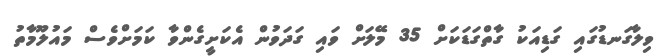
ވިލާގަނޑުގައި ގަޑިއަކު ގާތްގަޑަކަށް 35 މޭލަށް ވައި ގަދަވުން އެކަށީގެންވާ ކަމަށްވެސް މައުލޫމާތު